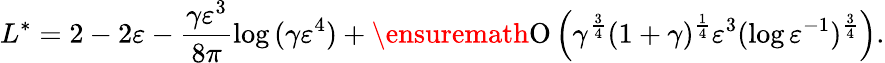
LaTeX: L^{\ast}=2-2\varepsilon-\frac{\gamma\varepsilon^{3}}{8\pi}\log{(\gamma\varepsilon^{4})}+\ensuremath{\operatorname{O}\left(\gamma^{\frac{3}{4}}(1+\gamma)^{\frac{1}{4}}\varepsilon^{3}(\log{\varepsilon^{-1}})^{\frac{3}{4}}\right)}.